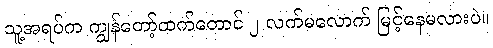
သူ့အရပ်က ကျွန်တော့်ထက်တောင် ၂ လက်မလောက် မြင့်နေမလားပဲ။